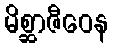
မိစ္ဆာဇီဝေန